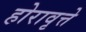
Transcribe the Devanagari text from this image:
होरावृत्ते